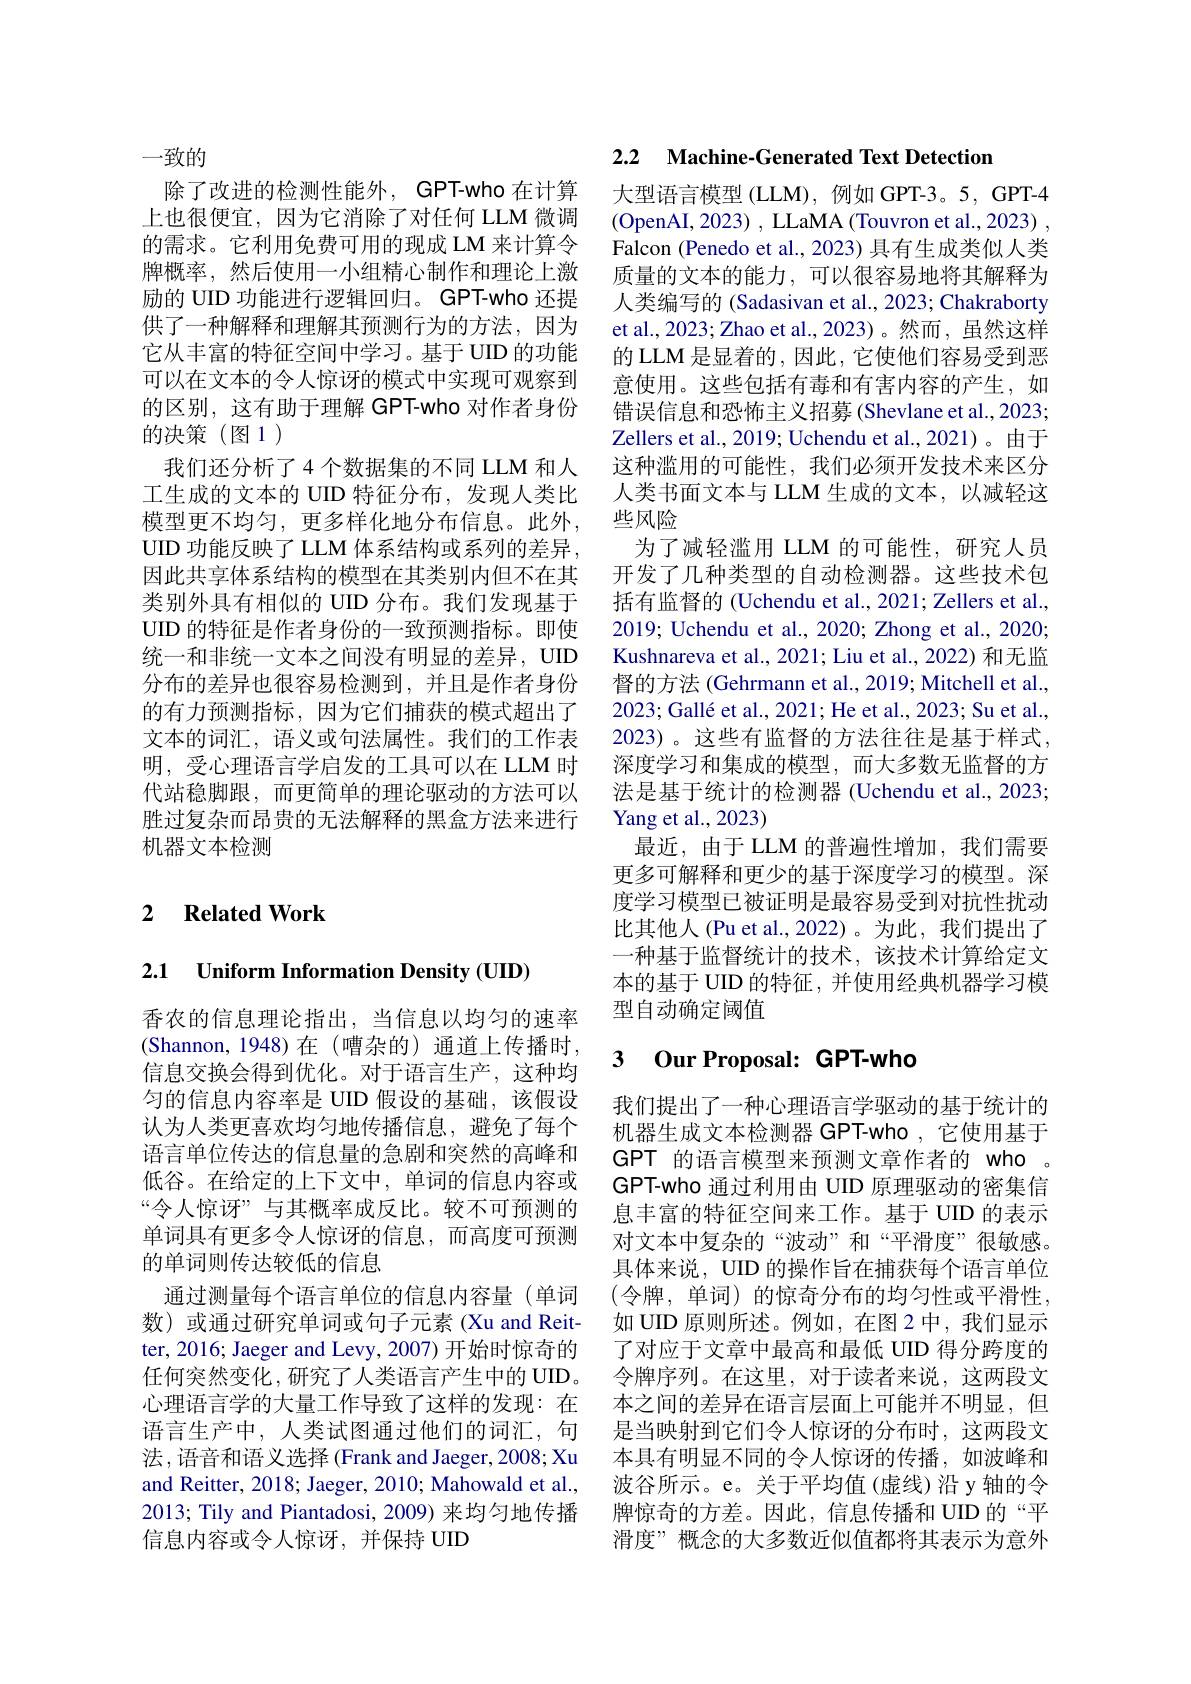
一致的
除了改进的检测性能外，GPT-who 在计算上也很便宜，因为它消除了对任何 LLM 微调的需求。它利用免费可用的现成 LM 来计算令牌概率，然后使用一小组精心制作和理论上激励的 UID 功能进行逻辑回归。GPT-who 还提供了一种解释和理解其预测行为的方法，因为它从丰富的特征空间中学习。基于 UID 的功能可以在文本的令人惊讶的模式中实现可观察到的区别，这有助于理解 GPT-who 对作者身份的决策(图1)
我们还分析了4个数据集的不同 LLM 和人工生成的文本的 UID 特征分布，发现人类比模型更不均匀，更多样化地分布信息。此外， UID 功能反映了 LLM 体系结构或系列的差异， 因此共享体系结构的模型在其类别内但不在其类别外具有相似的 UID 分布。我们发现基于UID 的特征是作者身份的一致预测指标。即使统一和非统一文本之间没有明显的差异，UID 分布的差异也很容易检测到，并且是作者身份的有力预测指标，因为它们捕获的模式超出了文本的词汇，语义或句法属性。我们的工作表明，受心理语言学启发的工具可以在 LLM 时代站稳脚跟，而更简单的理论驱动的方法可以胜过复杂而昂贵的无法解释的黑盒方法来进行机器文本检测

### 2 $\textbf{Related Work}$

2.1 Uniform Information Density (UD)

香农的信息理论指出，当信息以均匀的速率(Shannon,1948)在(嘈杂的)通道上传播时， 信息交换会得到优化。对于语言生产，这种均匀的信息内容率是 UID 假设的基础，该假设认为人类更喜欢均匀地传播信息，避免了每个语言单位传达的信息量的急剧和突然的高峰和低谷。在给定的上下文中，单词的信息内容或“令人惊讶”与其概率成反比。较不可预测的单词具有更多令人惊讶的信息，而高度可预测的单词则传达较低的信息
通过测量每个语言单位的信息内容量(单词数)或通过研究单词或句子元素 (Xu and Reitter, 2016; Jaeger and Levy, 2007) 开始时惊奇的任何突然变化，研究了人类语言产生中的 UID。心理语言学的大量工作导致了这样的发现：在语言生产中，人类试图通过他们的词汇，句法 , 语音和语义选择 (Frank and Jaeger, 2008; Xu and Reitter, 2018; Jaeger, 2010; Mahowald et al., 2013; Tily and Piantadosi, 2009) 来均匀地传播信息内容或令人惊讶，并保持 UID

2.2 $\textbf{Machine- Generated Text Detection}$

大型语言模型 (LLM), 例如 GPT-3。5, GPT-4 $\left(\mathrm{OpenAI,2023)~,~LLaMA~(Touvron~et~al.,2023)~,}\right.$ Falcon (Penedo et al., 2023) 具有生成类似人类质量的文本的能力，可以很容易地将其解释为人类编写的 (Sadasivan et al., 2023; Chakraborty et al., 2023; Zhao et al., 2023)。然而，虽然这样的 LLM 是显着的，因此，它使他们容易受到恶意使用。这些包括有毒和有害内容的产生，如错误信息和恐怖主义招募(Shevlane et al., 2023; Zellers et al., 2019; Uchendu et al., 2021)。由于这种滥用的可能性，我们必须开发技术来区分人类书面文本与 LLM 生成的文本，以减轻这些风险
为了减轻滥用 LLM 的可能性，研究人员开发了几种类型的自动检测器。这些技术包括有监督的 (Uchendu et al., 2021; Zellers et al., 2019; Uchendu et al., 2020; Zhong et al., 2020; Kushnareva et al., 2021; Liu et al., 2022) 和无监督的方法 (Gehrmann et al., 2019; Mitchell et al., 2023; Gallé et al., 2021; He et al., 2023; Su et al., 2023)。这些有监督的方法往往是基于样式， 深度学习和集成的模型，而大多数无监督的方法是基于统计的检测器 (Uchendu et al., 2023; Yang et al., 2023)
最近，由于 LLM 的普遍性增加，我们需要更多可解释和更少的基于深度学习的模型。深度学习模型已被证明是最容易受到对抗性扰动比其他人 (Pu et al.,2022)。为此，我们提出了一种基于监督统计的技术，该技术计算给定文本的基于 UID 的特征，并使用经典机器学习模型自动确定阈值

### 3 0ur Proposal: GPT-whc

我们提出了一种心理语言学驱动的基于统计的机器生成文本检测器 GPT-who ,它使用基于GPT 的语言模型来预测文章作者的 who 。GPT-who 通过利用由 UID 原理驱动的密集信息丰富的特征空间来工作。基于 UID 的表示对文本中复杂的“波动”和“平滑度”很敏感。具体来说，UID 的操作旨在捕获每个语言单位(令牌，单词)的惊奇分布的均匀性或平滑性， 如 UID 原则所述。例如，在图 2中，我们显示了对应于文章中最高和最低 UID 得分跨度的令牌序列。在这里，对于读者来说，这两段文本之间的差异在语言层面上可能并不明显，但是当映射到它们令人惊讶的分布时，这两段文本具有明显不同的令人惊讶的传播，如波峰和波谷所示。e。关于平均值(虚线)沿 y轴的令牌惊奇的方差。因此，信息传播和 UID 的“平滑度”概念的大多数近似值都将其表示为意外